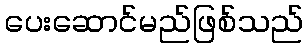
ပေးဆောင်မည်ဖြစ်သည်